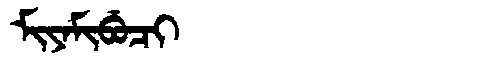
Manchu: ᠮᡳᠶᠠᠮᡳᠪᡠᠴᡳ
Romanization: MIYAMIBUCI